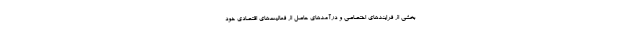
بخشی از فرایندهای اختصاصی و درآمدهای حاصل از فعالیت‌های اقتصادی خود